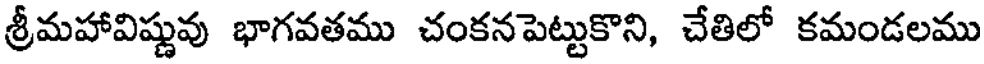
శ్రీమహావిష్ణువు భాగవతము చంకనపెట్టుకొని, చేతిలో కమండలము